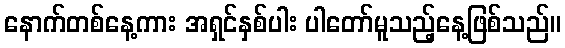
နောက်တစ်နေ့ကား အရှင်နှစ်ပါး ပါတော်မူသည့်နေ့ဖြစ်သည်။